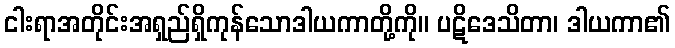
ငါးရာအတိုင်းအရှည်ရှိကုန်သောဒါယကာတို့ကို။ ပဋိဒေသိတာ၊ ဒါယကာ၏